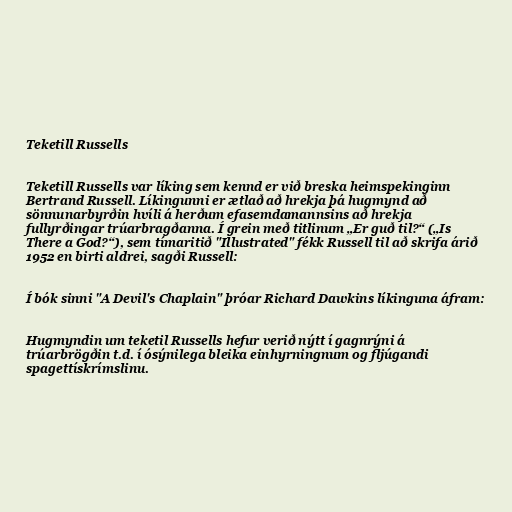
Teketill Russells

Teketill Russells var líking sem kennd er við breska heimspekinginn
Bertrand Russell. Líkingunni er ætlað að hrekja þá hugmynd að
sönnunarbyrðin hvíli á herðum efasemdamannsins að hrekja
fullyrðingar trúarbragðanna. Í grein með titlinum „Er guð til?“ („Is
There a God?“), sem tímaritið "Illustrated" fékk Russell til að skrifa árið
1952 en birti aldrei, sagði Russell:

Í bók sinni "A Devil's Chaplain" þróar Richard Dawkins líkinguna áfram:

Hugmyndin um teketil Russells hefur verið nýtt í gagnrýni á
trúarbrögðin t.d. í ósýnilega bleika einhyrningnum og fljúgandi
spagettískrímslinu.